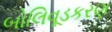
બોલિવૂડકરણ